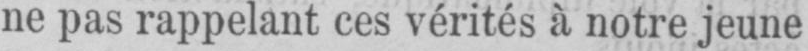
ne pas rappelant ces vérités à notre jeune